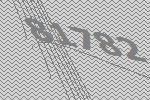
81782